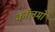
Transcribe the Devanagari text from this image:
काॅलमों